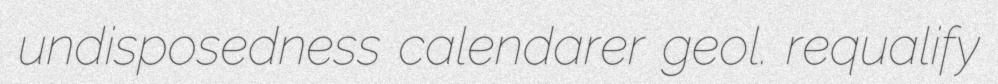
undisposedness calendarer geol. requalify